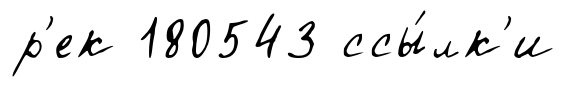
р'ек 180543 ссы́лк'и